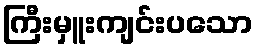
ကြီးမှူးကျင်းပသော